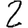
Digit: 2